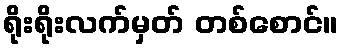
ရိုးရိုးလက်မှတ် တစ်စောင်။